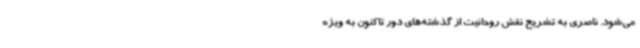
می‌شود. ناصری به تشریح نقش روحانیت از گذشته‌های دور تاکنون به ویژه